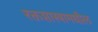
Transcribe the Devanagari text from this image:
रक्तशास्त्रामधील